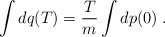
\begin{align*}\int dq(T) = \frac{T}{m} \int dp(0) \; .\end{align*}